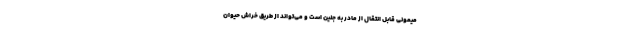
میمونی قابل انتقال از مادر به جنین است و می‌تواند از طریق خراش حیوان